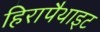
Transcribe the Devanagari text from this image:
हिरापैथाइट